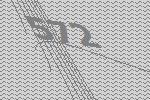
572